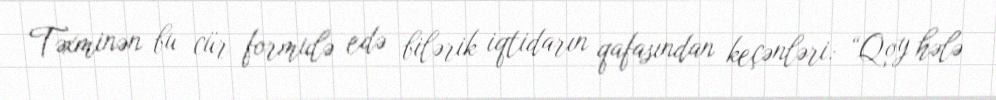
Təxminən bu cür formulə edə bilərik iqtidarın qafasından keçənləri: “Qoy hələ